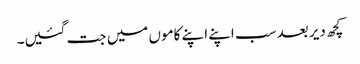
کچھ دیر بعد سب اپنے اپنے کاموں میں جت گئیں۔